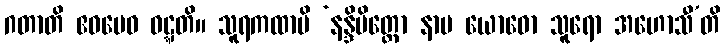
ဂတာတိ ဧဝမေဝ ဝဋ္ဋတိ။ သူရကထာပိ ‘နန္ဒိမိတ္တော နာမ ယောဓော သူရော အဟောသီ’တိ